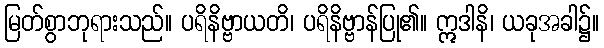
မြတ်စွာဘုရားသည်။ ပရိနိဗ္ဗာယတိ၊ ပရိနိဗ္ဗာန်ပြု၏။ ဣဒါနိ၊ ယခုအခါ၌။